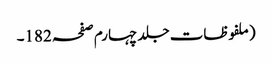
(ملفوظات جلد چہارم صفحہ 182۔